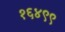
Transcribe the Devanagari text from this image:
१६४९९